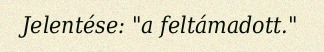
Jelentése: "a feltámadott."